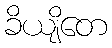
ခိယျိတေ